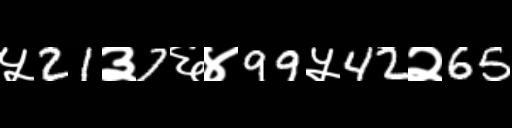
Text: ५21३7६४99५42२65